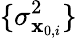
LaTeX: \{ \sigma_{\mathbf{x}_{0,i}}^{2}\}